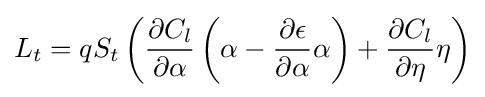
L_{t}=qS_{t}\left({\frac {\partial C_{l}}{\partial \alpha }}\left(\alpha -{\frac {\partial \epsilon }{\partial \alpha }}\alpha \right)+{\frac {\partial C_{l}}{\partial \eta }}\eta \right)